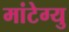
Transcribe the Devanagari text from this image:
मांटेग्यु